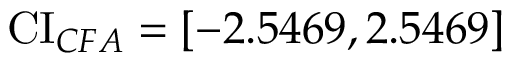
\operatorname { C I } _ { C F A } = [ - 2 . 5 4 6 9 , 2 . 5 4 6 9 ]